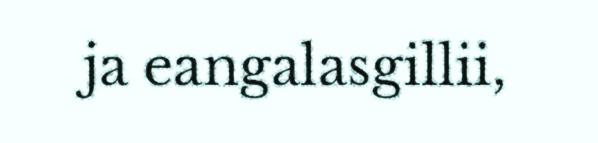
ja eangalasgillii,